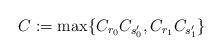
LaTeX: \begin{align*}C:=\max\{ C_{r_0}C_{s_0^\prime}, C_{r_1}C_{s_1^\prime}\}\end{align*}